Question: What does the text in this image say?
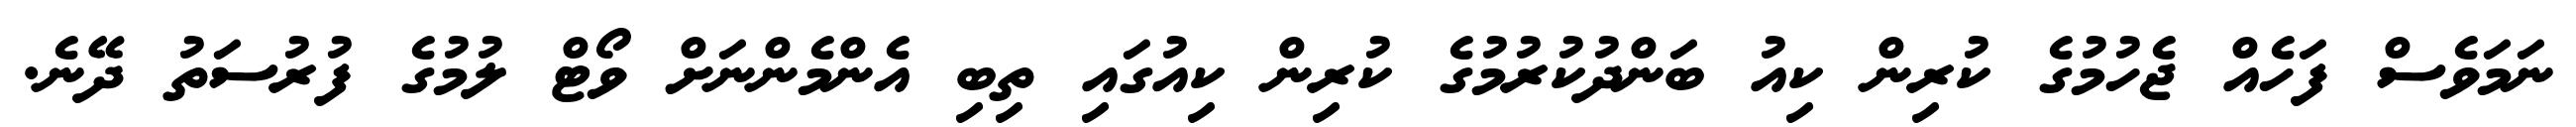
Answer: ނަމަވެސް ފަހެއް ޖެހުމުގެ ކުރިން ކިއު ބަންދުކުރުމުގެ ކުރިން ކިއުގައި ތިބި އެންމެންނަށް ވޯޓް ލުމުގެ ފުރުސަތު ދޭނެ.